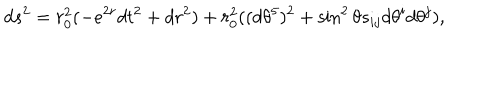
LaTeX: d s ^ { 2 } = r _ { 0 } ^ { 2 } ( - e ^ { 2 r } d t ^ { 2 } + d r ^ { 2 } ) + r _ { 0 } ^ { 2 } ( ( d \theta ^ { 5 } ) ^ { 2 } + \sin ^ { 2 } \theta s _ { i j } d \theta ^ { i } d \theta ^ { j } ) ,